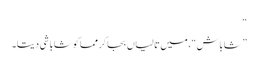
“
”شاباش“، میں تالیاں بجا کر مما کو شاباشی دیتا۔